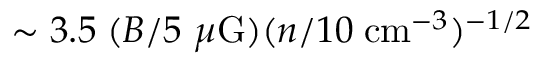
\sim 3 . 5 \; ( B / 5 ~ \mu \mathrm { G } ) ( n / 1 0 \; \mathrm { c m } ^ { - 3 } ) ^ { - 1 / 2 }